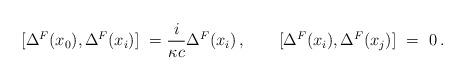
LaTeX: \begin{align*}[\Delta^F( x_0 ) , \Delta^F( x_i ) ] \ = \-\frac{i}{\kappa c} \Delta^F( x_i )\, ,\qquad [ \Delta^F( x_i ) ,\Delta^F( x_j ) ] \ = \ 0\, .\end{align*}